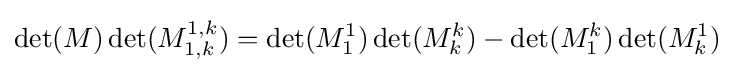
\det(M)\det(M_{1,k}^{1,k})=\det(M_{1}^{1})\det(M_{k}^{k})-\det(M_{1}^{k})\det(M_{k}^{1})